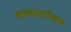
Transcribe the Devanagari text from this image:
भरभराटीतच